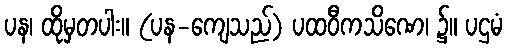
ပန၊ ထိုမှတပါး။ (ပန-ကျေသည်) ပထဝီကသိဏေ၊ ၌။ ပဌမံ